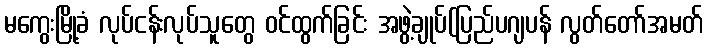
မကွေးမြို့ခံ လုပ်ငန်းလုပ်သူတွေ ဝင်ထွက်ခြင်း အဖွဲ့ချုပ်(ပြည်ပဂျပန် လွတ်တော်အမတ်